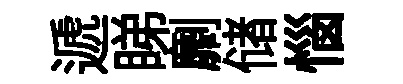
遞睇劘储惱